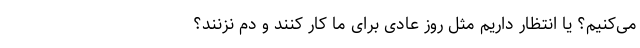
می‌کنیم؟ یا انتظار داریم مثل روز عادی برای ما کار کنند و دم نزنند؟